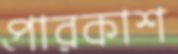
পারকাশ